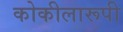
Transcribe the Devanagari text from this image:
कोकीलारूपी